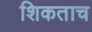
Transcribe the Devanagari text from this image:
शिकताच